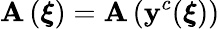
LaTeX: \mathbf{A}\left(\boldsymbol{\xi}\right)=\mathbf{A}\left(\mathbf{y}^{c}(\boldsymbol{\xi})\right)